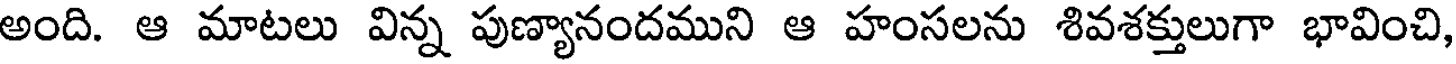
అంది. ఆ మాటలు విన్న పుణ్యానందముని ఆ హంసలను శివశక్తులుగా భావించి,